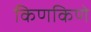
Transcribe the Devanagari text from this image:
किणकिणे